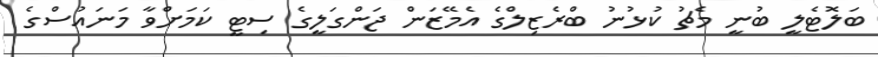
ބަލޮޓެލީ ބުނީ މެޗު ކުޅުނު ބްރެޒިލްގެ އެމޭޒަން ޖަންގަލީގެ ސިޓީ ކަމަށްވާ މަނައުސްގެ